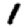
Digit: 1